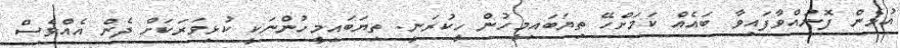
އުޅެން ފޮނުއްވާފައިވާ ބައެއް ކަމަށްހޭ ތިޔަބައިމީހުން ހީކުރަނީ. ތިޔަބައިމީހުންނަކީ ކުޅިވަރަކަށް ދެން އެއްވެސް